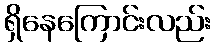
ရှိနေကြောင်းလည်း